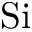
\mathrm { S i }